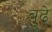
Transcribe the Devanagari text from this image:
बुढे